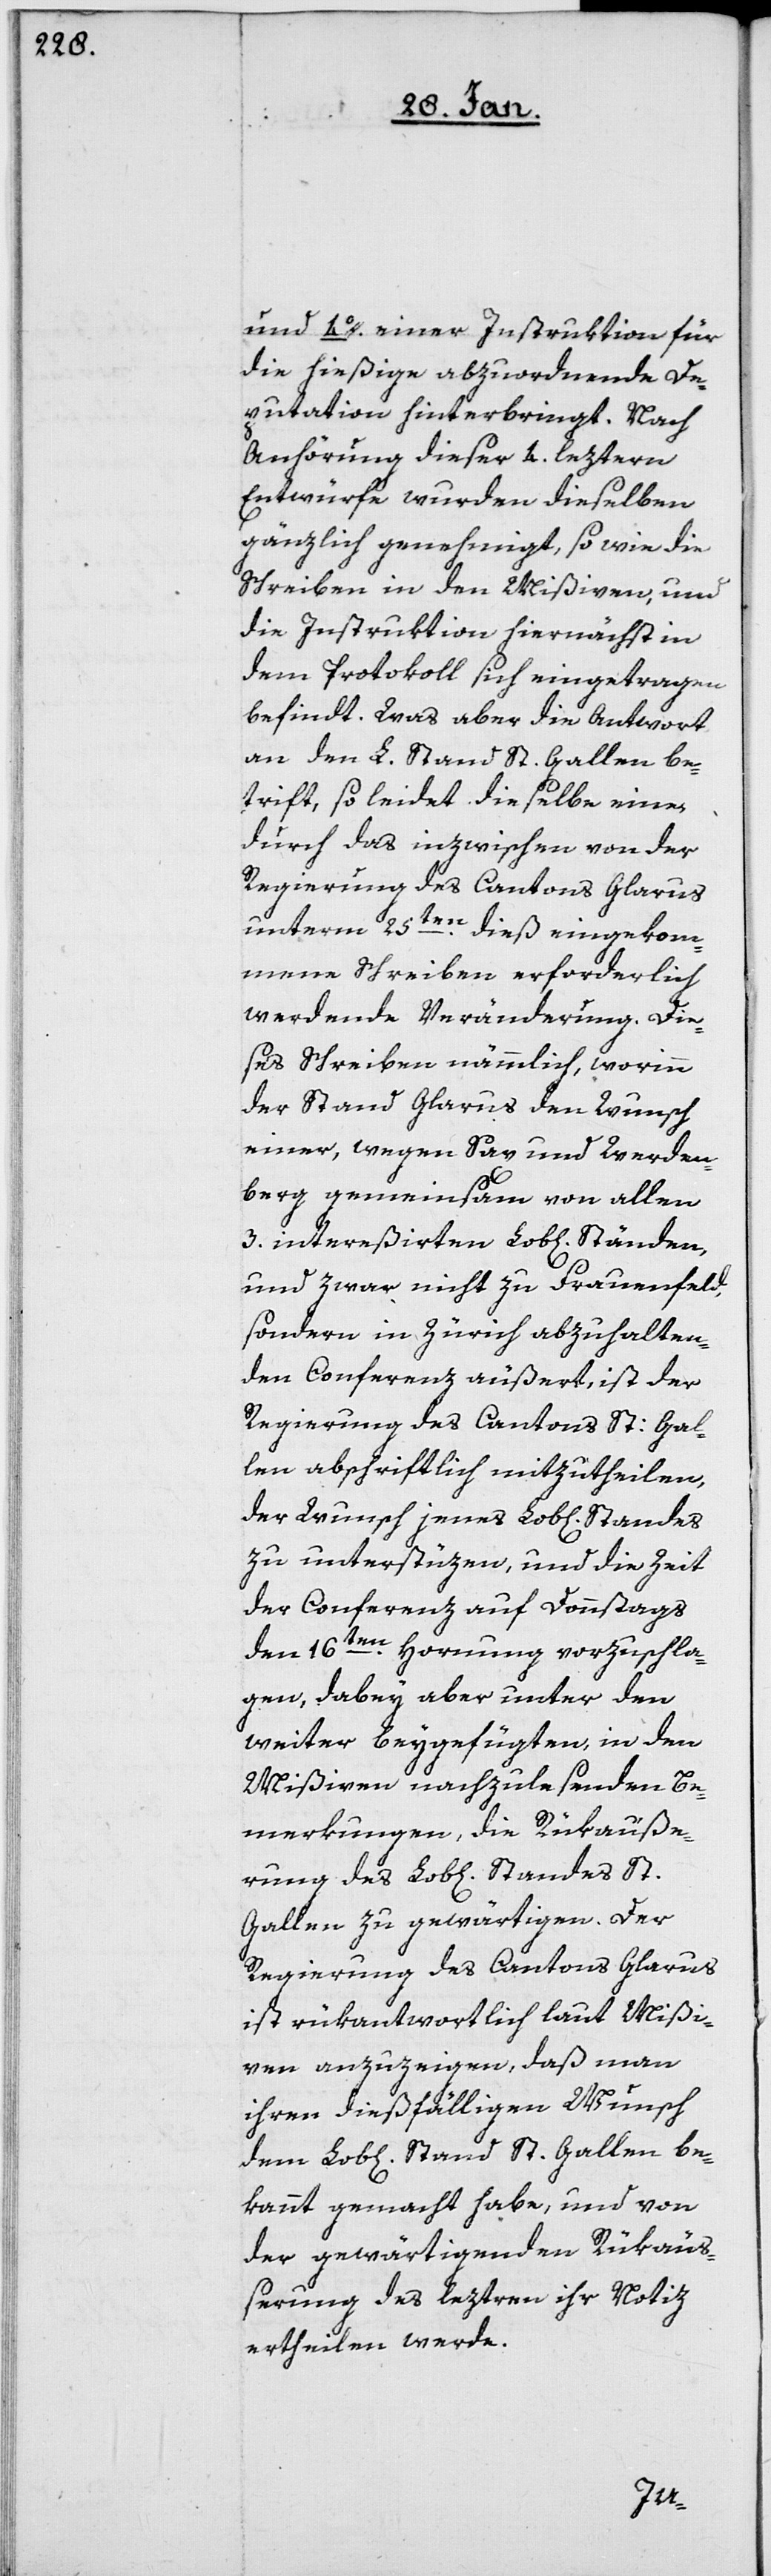
und 4o. einer Instruktion für
die hießige abzuordnende De¬
putation hinterbringt. Nach
Anhörung dieser 4. leztern
Entwürfe wurden dieselben
gänzlich genehmigt, so wie die
Schreiben in den Mißiven, und
die Instruktion hiernächst in
dem Protokoll sich eingetragen
befindt. Was aber die Antwort
an den L. Stand St. Gallen be¬
trift, so leidet dieselbe eine
durch das inzwischen von der
Regierung des Cantons Glarus
unterm 25ten. dieß eingekom¬
mene Schreiben erforderlich
werdende Veränderung. Die¬
ses Schreiben nämmlich, worinn
der Stand Glarus den Wunsch
einer, wegen Sax und Werden¬
berg gemeinsam von allen
und zwar nicht zu Frauenfeld,
sondern in Zürich abzuhalten¬
den Conferenz äußert, ist der
Regierung des Cantons St: Gal¬
len abschriftlich mitzutheilen,
der Wunsch jenes Lob[lichen] Standes
zu unterstüzen, und die Zeit
der Conferenz auf Donnstags
den 16ten. Hornung vorzuschla¬
gen, dabey aber unter den
weiter beygefügten, in den
Mißiven nachzulesenden Be¬
merkungen, die Rükäuße¬
Gallen zu gewärtigen. Der
Regierung des Cantons Glarus
ist rükantwortlich laut Mißi¬
ven anzuzeigen, daß man
ihren dießfälligen Wunsch
dem Lob[lichen] Stand St. Gallen be¬
kannt gemacht habe, und von
der gewärtigenden Rükäuß¬
erung des leztern ihr Notiz
ertheilen werde.
St.